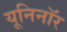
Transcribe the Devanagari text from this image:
यूनिनॉर